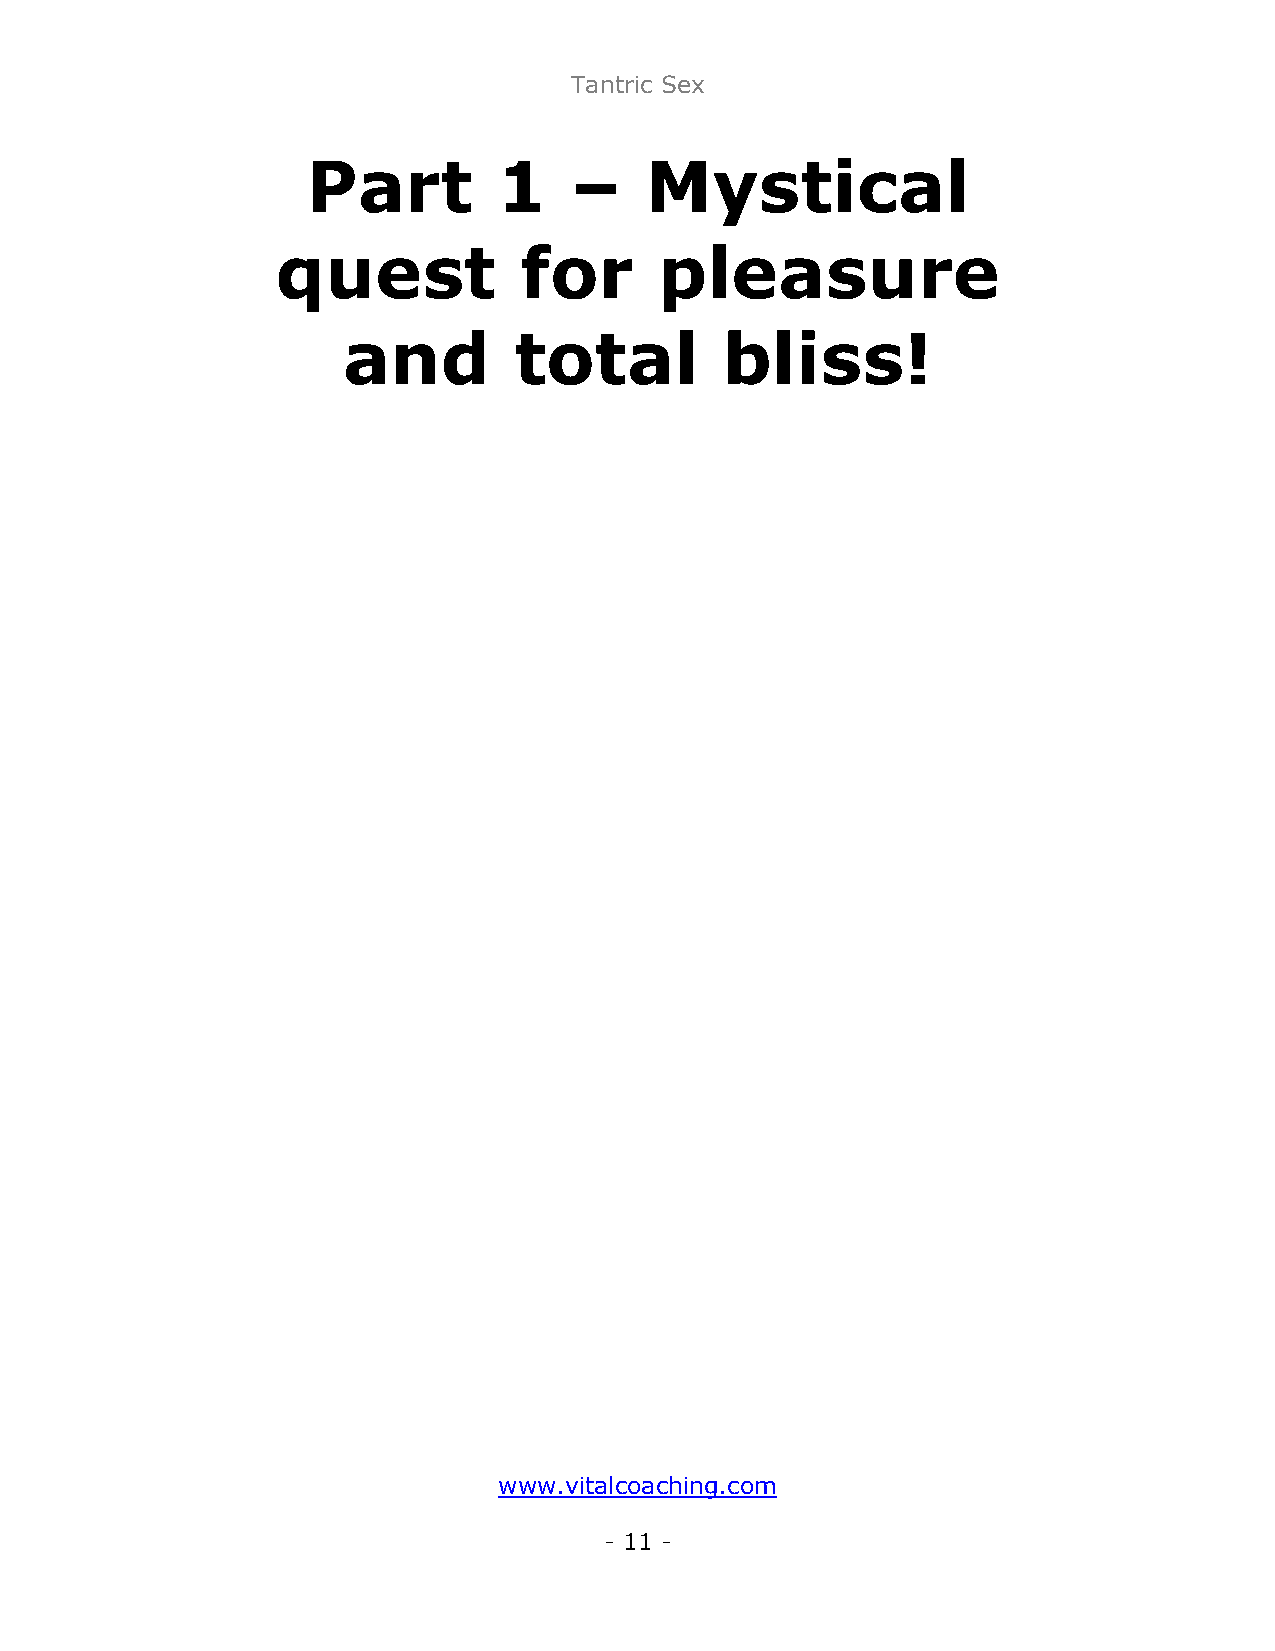
Tantric Sex
 Part         1    –    Mystical
 quest           for       pleasure
 and        total         bliss!
 www.vitalcoaching.com
 - 11 -